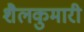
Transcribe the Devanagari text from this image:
शैलकुमारी